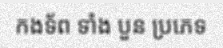
កងទ័ព ទាំង បួន ប្រភេទ